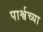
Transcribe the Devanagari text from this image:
पार्श्वच्या